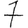
Digit: 7